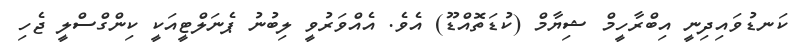
ކަނޑުވައިދިނީ އިބްރާހީމް ޝިޔާމް (ކުޑަތޮއްޑޫ) އެވެ. އެއްވަރުވީ ލިބުނު ޕެނަލްޓީއަކީ ކިންގްސްލީ ޖެހި